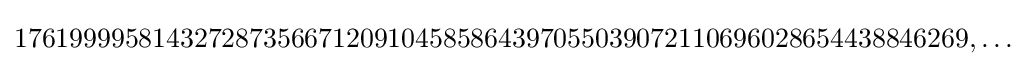
176199995814327287356671209104585864397055039072110696028654438846269,\ldots